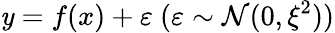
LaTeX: \mathit{y}=f(x)+\varepsilon\ (\varepsilon\sim\mathcal{{N}}(0,\xi^{2}))